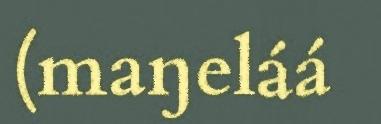
(maŋeláá